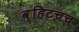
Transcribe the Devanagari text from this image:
व्हिटच्रच